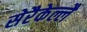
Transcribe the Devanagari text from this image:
सेरैकेल्लै